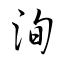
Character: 洵